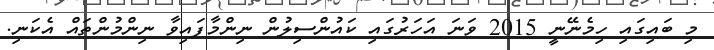
މި ބައިގައި ހިމެނޭނީ 2015 ވަނަ އަހަރުގައި ކައުންސިލުން ނިންމާފައިވާ ނިންމުންތައް އެކަނި.